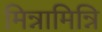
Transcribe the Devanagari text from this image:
मिन्नामिन्नि